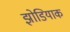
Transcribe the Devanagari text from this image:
झोडियाक